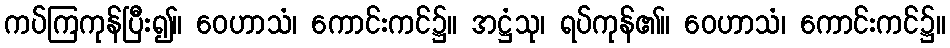
ကပ်ကြကုန်ပြီး၍။ ဝေဟာသံ၊ ကောင်းကင်၌။ အဋ္ဌံသု၊ ရပ်ကုန်၏။ ဝေဟာသံ၊ ကောင်းကင်၌။